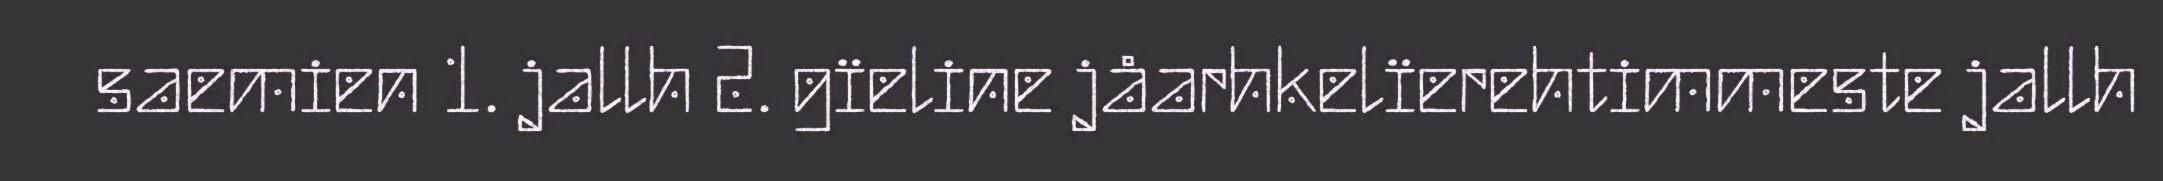
saemien 1. jallh 2. gïeline jåarhkelïerehtimmeste jallh